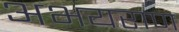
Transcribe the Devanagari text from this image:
अभयराण